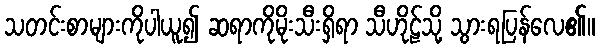
သတင်းစာများကိုပါယူ၍ ဆရာကိုမိုးသီးရှိရာ သီဟိုဠ်သို့ သွားရပြန်လေ၏။